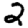
Digit: 2